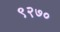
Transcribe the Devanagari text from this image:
९२७०